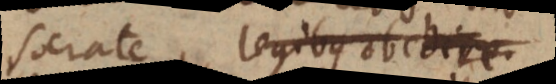
Socrate, legibus obedire